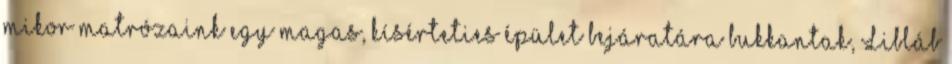
mikor matrózaink egy magas, kísérteties épület bejáratára bukkantak, Libláb